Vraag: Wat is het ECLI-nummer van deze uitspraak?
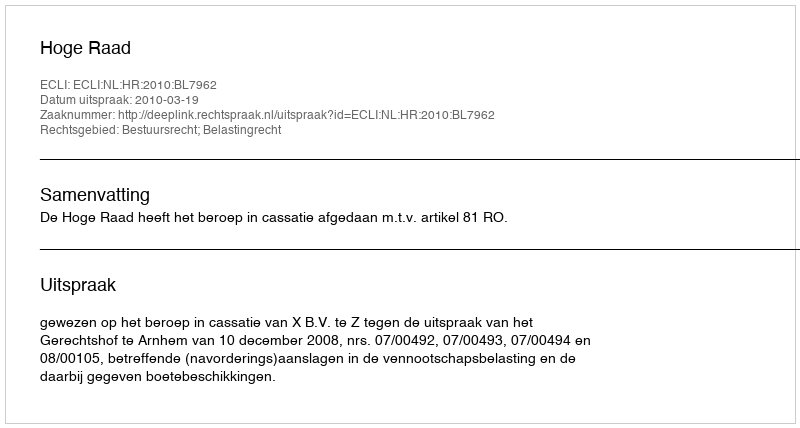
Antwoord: ECLI:NL:HR:2010:BL7962